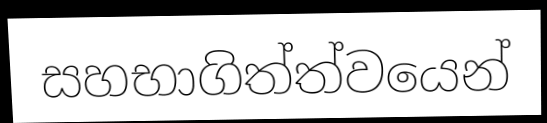
සහභාගිත්ත්වයෙන්